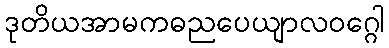
ဒုတိယအာမကဓညပေယျာလဝဂ္ဂေါ